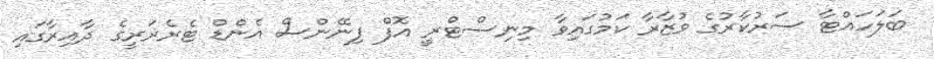
ބަލަހައްޓާ ސަރުކާރުގެ ވުޒާރާ ކަމުގައިވާ މިނިސްޓްރީ އޮފް ފިނޭންސް އެންޑް ޓެރެޜަރީގެ ދާއިރާގައި